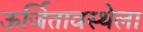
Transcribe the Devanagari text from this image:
ऊर्जितावस्थेला